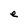
Character: e